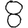
Digit: 8